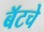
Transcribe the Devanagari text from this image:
बॅटचे